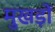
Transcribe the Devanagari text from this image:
मुखड़ों